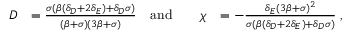
\begin{array} { r l r l r l } { D } & { = \frac { \sigma ( \beta ( \delta _ { D } + 2 \delta _ { E } ) + \delta _ { D } \sigma ) } { ( \beta + \sigma ) ( 3 \beta + \sigma ) } } & { \mathrm { a n d } } & { } & { \chi } & { = - \frac { \delta _ { E } ( 3 \beta + \sigma ) ^ { 2 } } { \sigma ( \beta ( \delta _ { D } + 2 \delta _ { E } ) + \delta _ { D } \sigma ) } \; , } \end{array}